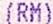
(RM)